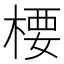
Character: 楆